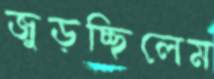
জুড়চ্ছিলেম